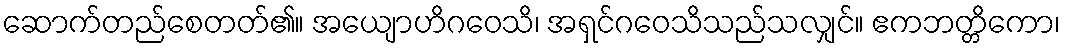
ဆောက်တည်စေတတ်၏။ အယျောဟိဂဝေသိ၊ အရှင်ဂဝေသိသည်သလျှင်။ ဧကဘတ္တိကော၊